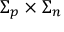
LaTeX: \Sigma _ { p } \times \Sigma _ { n }